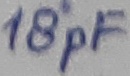
Text: 18pF